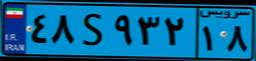
۴۸S۹۳۲۱۸